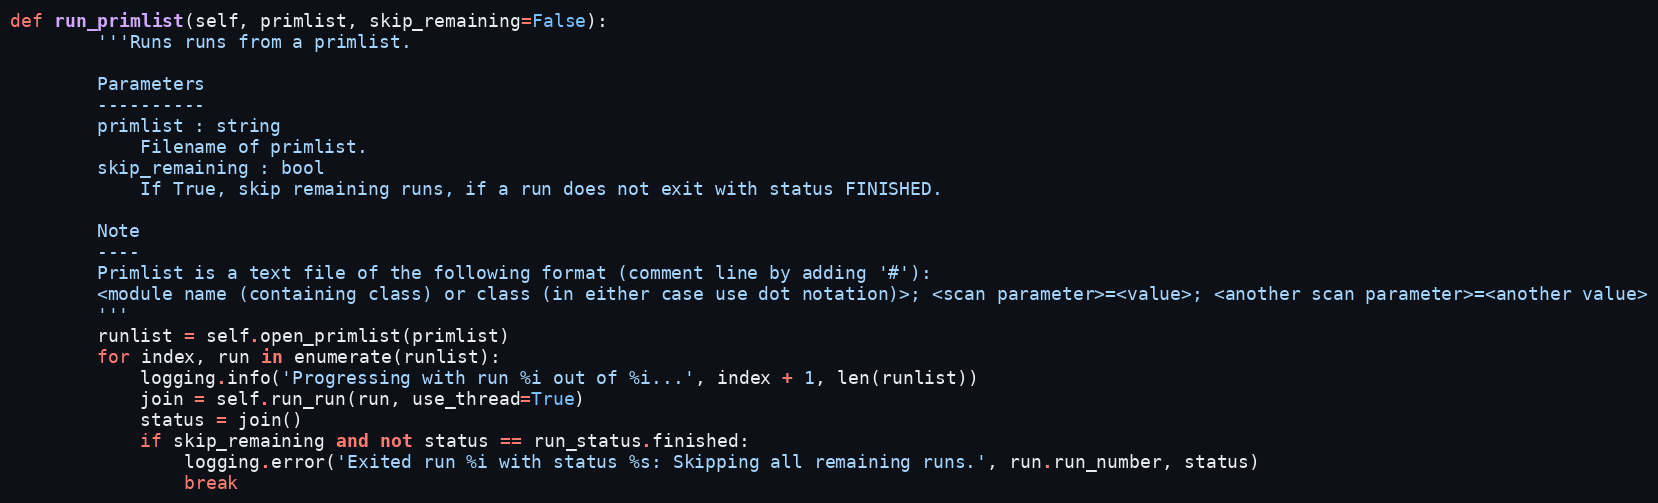
Language: Python
def run_primlist(self, primlist, skip_remaining=False):
        '''Runs runs from a primlist.

        Parameters
        ----------
        primlist : string
            Filename of primlist.
        skip_remaining : bool
            If True, skip remaining runs, if a run does not exit with status FINISHED.

        Note
        ----
        Primlist is a text file of the following format (comment line by adding '#'):
        <module name (containing class) or class (in either case use dot notation)>; <scan parameter>=<value>; <another scan parameter>=<another value>
        '''
        runlist = self.open_primlist(primlist)
        for index, run in enumerate(runlist):
            logging.info('Progressing with run %i out of %i...', index + 1, len(runlist))
            join = self.run_run(run, use_thread=True)
            status = join()
            if skip_remaining and not status == run_status.finished:
                logging.error('Exited run %i with status %s: Skipping all remaining runs.', run.run_number, status)
                break